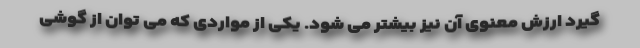
گیرد ارزش معنوی آن نیز بیشتر می شود. یکی از مواردی که می توان از گوشی